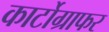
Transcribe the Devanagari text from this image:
कार्टोग्राफर